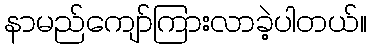
နာမည်ကျော်ကြားလာခဲ့ပါတယ်။